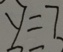
y = 7